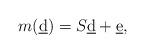
LaTeX: \begin{align*}m(\underbar{d}) = S \underbar{d} + \underbar{e},\end{align*}